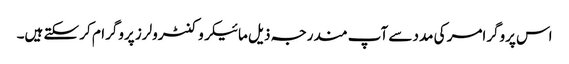
اس پروگرامر کی مدد سے آپ مندرجہ ذیل مائیکروکنٹرولرز پروگرام کر سکتے ہیں۔